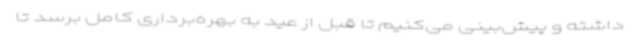
داشته و پیش‌بینی می‌کنیم تا قبل از عید به بهره‌برداری کامل برسد تا